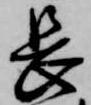
長